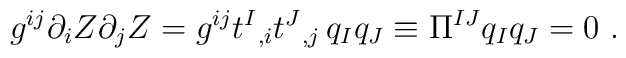
g^{ij} \partial_i Z \partial_j Z = g^{ij} t^I{}_{,i} t^J{}_{,j} \,q_I q_J\equiv \Pi ^{IJ} q_I q_J =0 \ .